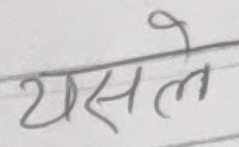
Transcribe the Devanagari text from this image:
यसले